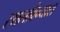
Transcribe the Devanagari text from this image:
स्थलविन्यास